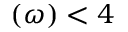
( \omega ) < 4